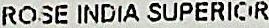
ROSE INDIA SUPERIOR